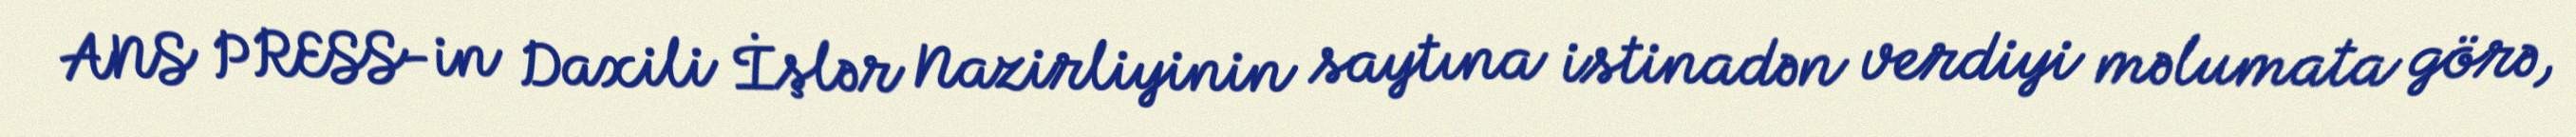
ANS PRESS-in Daxili İşlər Nazirliyinin saytına istinadən verdiyi məlumata görə,